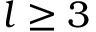
l \geq 3